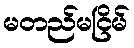
မတည်မငြိမ်